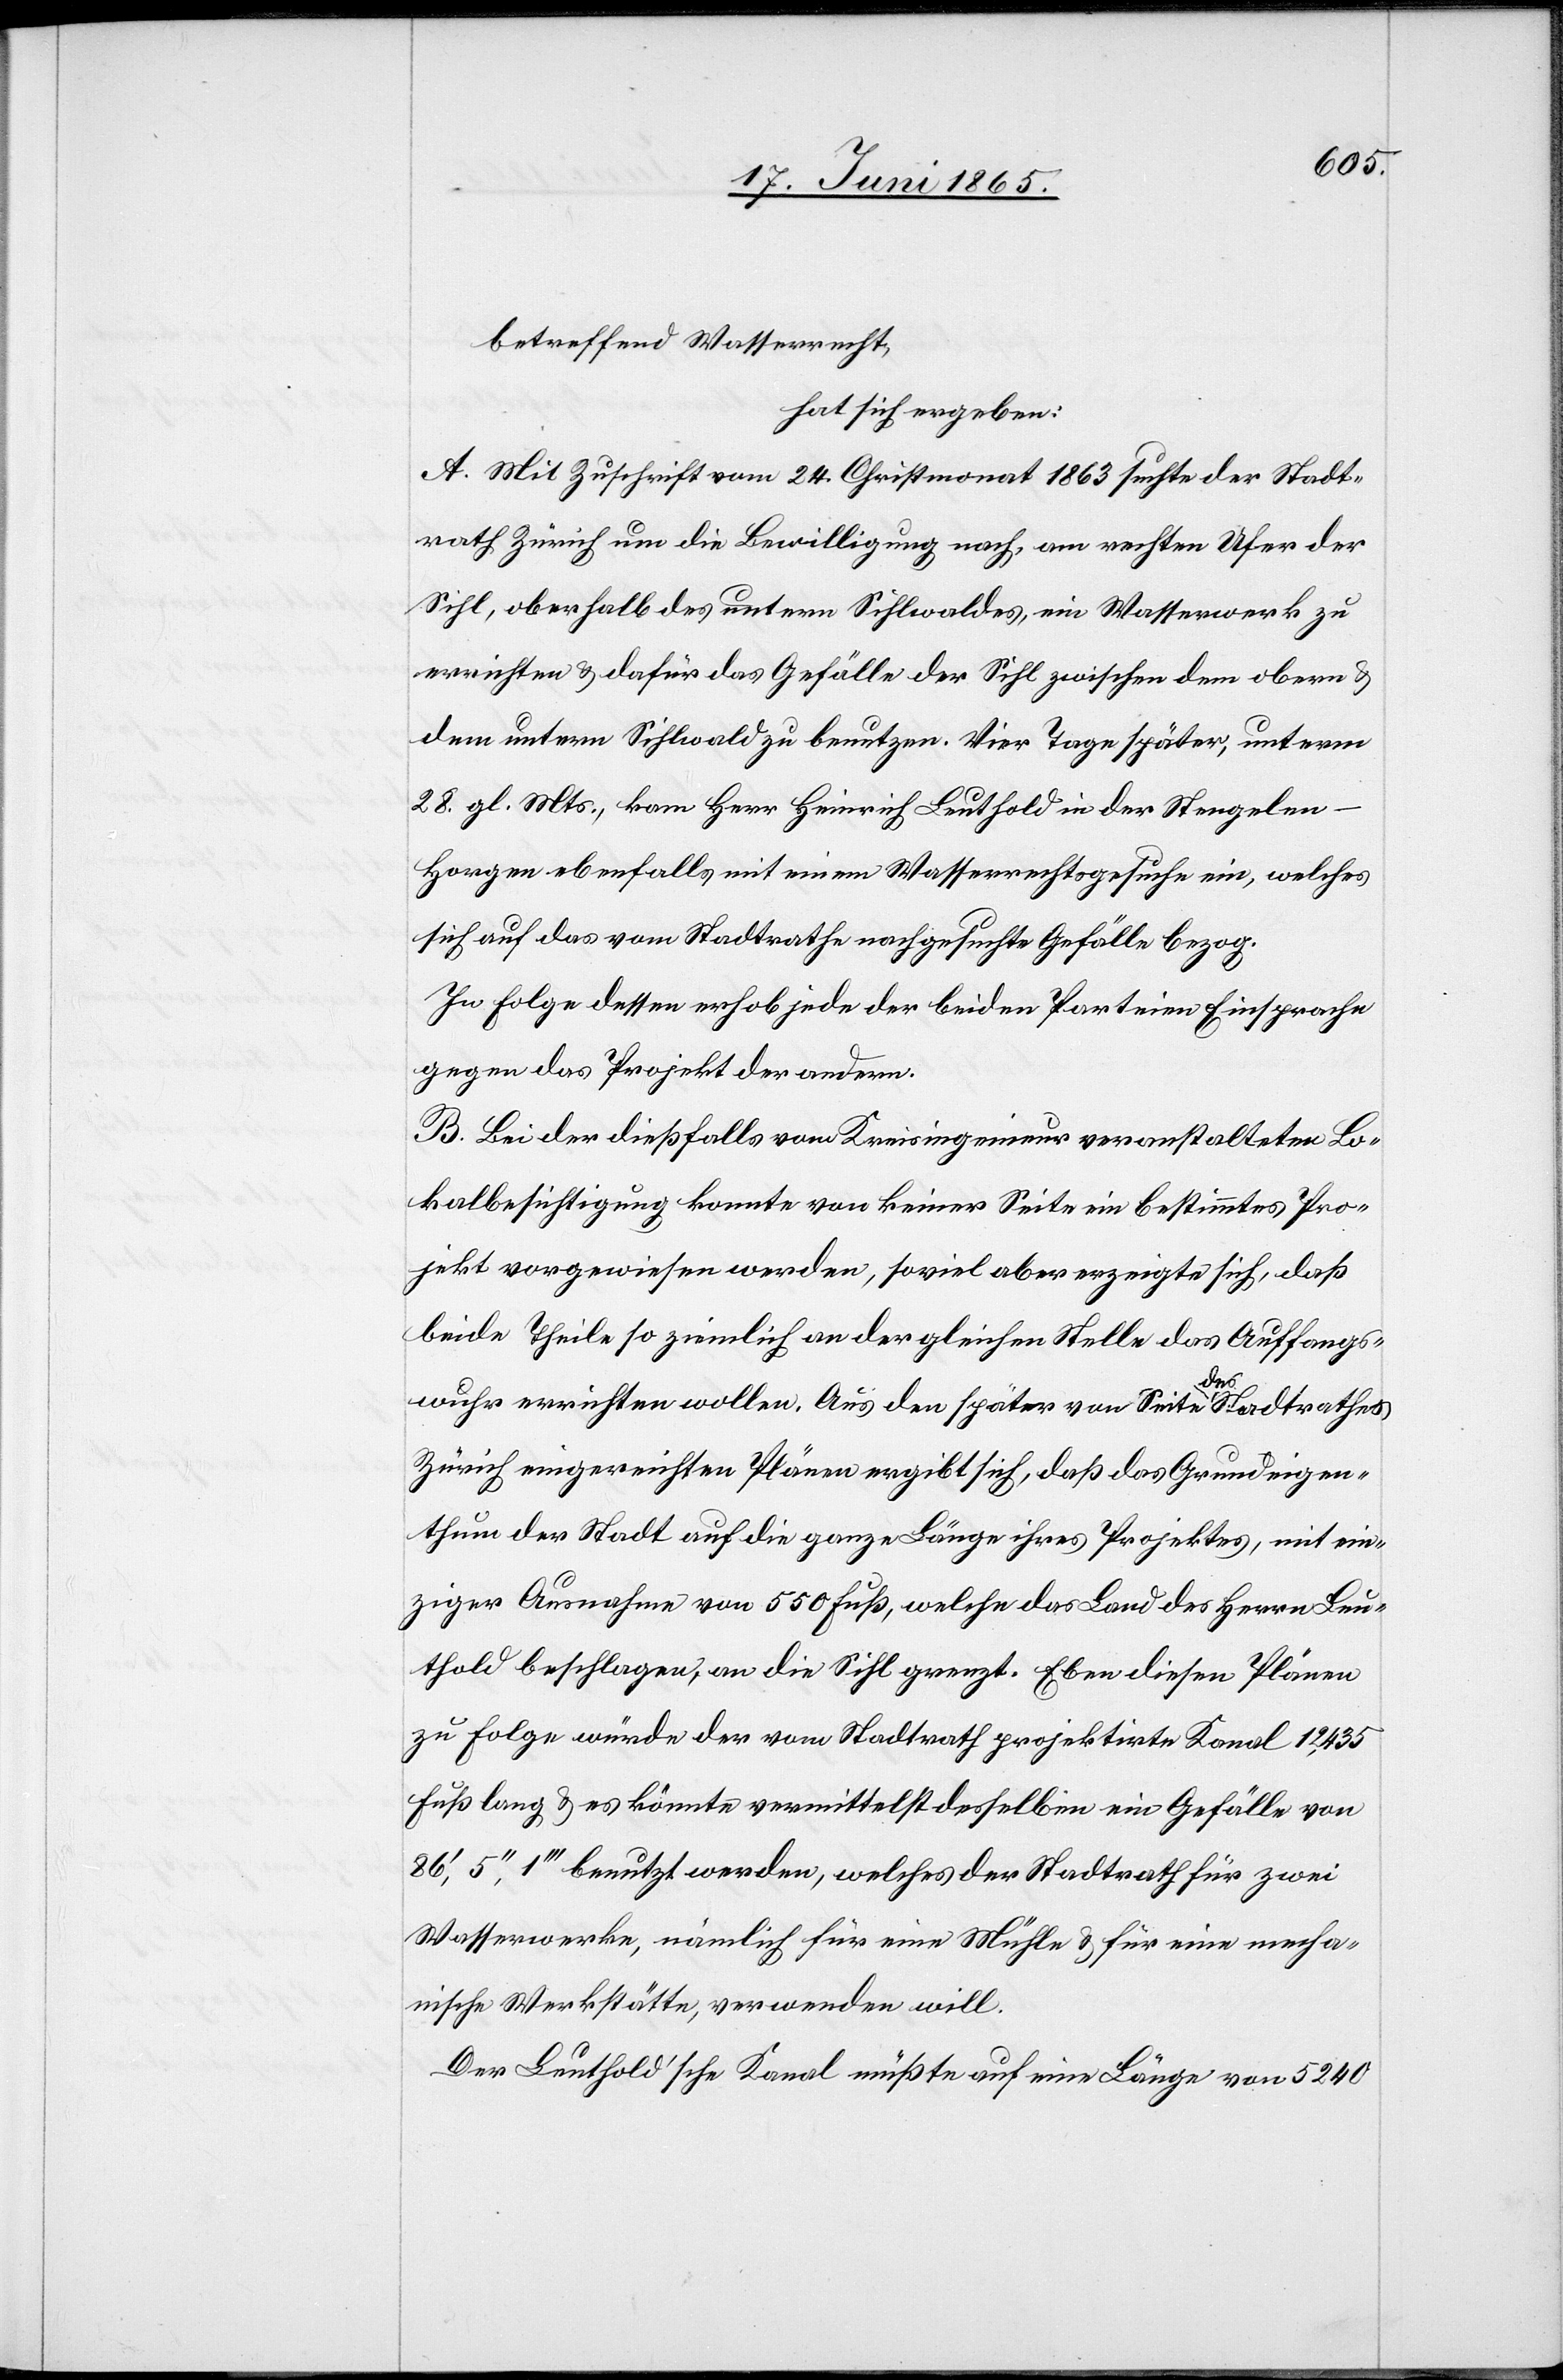
betreffend Wasserrecht,
hat sich ergeben:
A. Mit Zuschrift vom 24. Christmonat 1863 suchte der Stadt¬
rath Zürich um die Bewilligung nach, am rechten Ufer der
Sihl, oberhalb des untern Sihlwaldes, ein Wasserwerk zu
errichten & dafür das Gefälle der Sihl zwischen dem obern &
dem untern Sihlwald zu benutzen. Vier Tage später, unterm
28. gl. Mts., kam Herr Heinrich Leuthold in der Stengelen-H¬
orgen ebenfalls, mit einem Wasserrechtsgesuche ein, welches
sich auf das vom Stadtrathe nachgesuchte Gefälle bezog.
In Folge dessen erhob jede der beiden Parteien Einsprache
gegen das Projekt der andern.
B. Bei der dießfalls vom Kreisingenieur veranstalteten Lo¬
kalbesichtigung konnte von keiner Seite ein bestimmtes Pro¬
jekt vorgewiesen werden, soviel aber erzeigte sich, daß
beide Theile so ziemlich an der gleichen Stelle das Auffangs¬
wuhr errichten wollen. Aus den später von Seite des Stadtrathes
Zürich eingereichten Plänen ergibt sich, daß das Grundeigen¬
thum der Stadt auf die ganze Länge ihres Projektes, mit ein¬
ziger Ausnahme von 550 Fuß, welche das Land des Herrn Leu¬
thold beschlagen, an die Sihl grenzt. Eben diesen Plänen
zu Folge würde der vom Stadtrath projektirte Kanal 12,435
Fuß lang & es könnte vermittelst desselben ein Gefälle von
86’, 5’’, 1’’’ benutzt werden, welches der Stadtrath für zwei
Wasserwerke, nämlich für eine Mühle & für eine mecha¬
nische Werkstätte, verwenden will.
Der Leuthold’sche Kanal müßte auf eine Länge von 5240